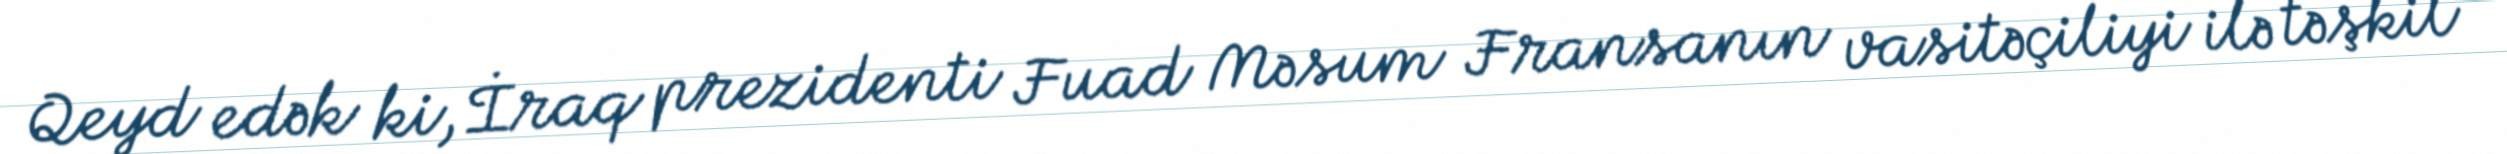
Qeyd edək ki, İraq prezidenti Fuad Məsum Fransanın vasitəçiliyi ilə təşkil